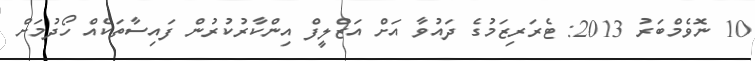
10 ނޮވެމްބަރު 2013: ޓެރަރިޒަމުގެ ދައުވާ އަށް އަޒްލީފް އިންކާރުކުރުން ފައިސާތަކެއް ހޯދުމަށް